Indian journal of veterinary science and animal husbandry - Volumes 18-21, 1948-1951
Year: 1948
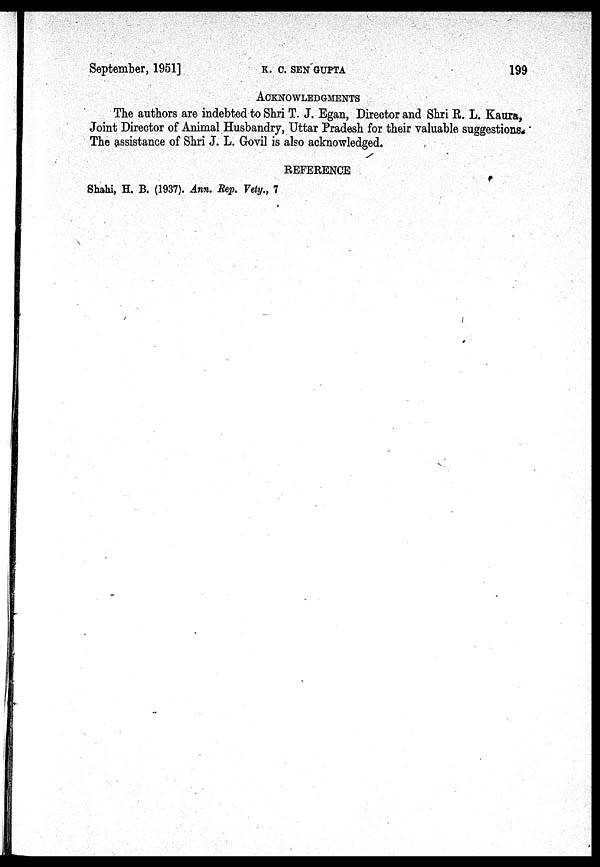
September, 1951]
K.
C.
SEN
GUPTA
199
ACKNOWLEDGMENTS
The authors are indebted to Shri T. J. Egan, Director and Shri R. L. Kaura,
Joint Director of Animal Husbandry, Uttar Pradesh for their valuable suggestions.
The assistance of Shri J. L. Govil is also acknowledged.
REFERENCE
Shahi, H. B. (1937). Ann. Rep. Vety., 7